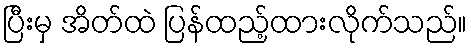
ပြီးမှ အိတ်ထဲ ပြန်ထည့်ထားလိုက်သည်။